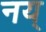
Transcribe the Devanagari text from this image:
नय्